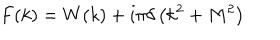
F ( k ) = W ( k ) + i \pi \delta \left( k ^ { 2 } + M ^ { 2 } \right)